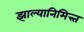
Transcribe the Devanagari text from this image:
झाल्यानिमित्त्त